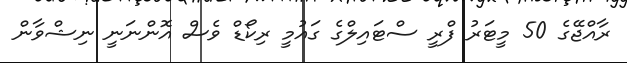
ރާއްޖޭގެ 50 މީޓަރު ފްރީ ސްޓައިލްގެ ގައުމީ ރިކޯޑް ވެސް އޮންނަނީ ނިޝްވާން